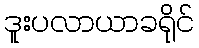
ဒူးပလာယာခရိုင်